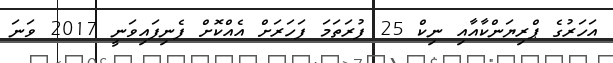
އަހަރުގެ ޕްރިޔަންކާއާއި ނިކް 25 ފުރަތަމަ ފަހަރަށް އެއްކޮށް ފެނިފައިވަނީ 2017 ވަނަ